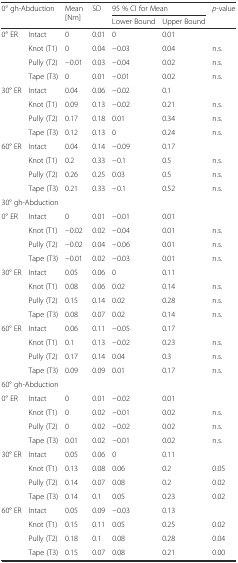
<table><thead><tr><td rowspan="2" colspan="2"><b>0° gh-Abduction</b></td><td rowspan="2"><b>Mean [Nm]</b></td><td rowspan="2"><b>SD</b></td><td colspan="2"><b>95 % CI for Mean</b></td><td rowspan="2"><b><i>p</i>-value</b></td></tr><tr><td><b>Lower Bound</b></td><td><b>Upper Bound</b></td></tr></thead><tbody><tr><td>0° ER</td><td>Intact</td><td>0</td><td>0.01</td><td>0</td><td>0.01</td><td></td></tr><tr><td></td><td>Knot (T1)</td><td>0</td><td>0.04</td><td>−0.03</td><td>0.04</td><td>n.s.</td></tr><tr><td></td><td>Pully (T2)</td><td>−0.01</td><td>0.03</td><td>−0.04</td><td>0.02</td><td>n.s.</td></tr><tr><td></td><td>Tape (T3)</td><td>0</td><td>0.01</td><td>−0.01</td><td>0.02</td><td>n.s.</td></tr><tr><td>30° ER</td><td>Intact</td><td>0.04</td><td>0.06</td><td>−0.02</td><td>0.1</td><td></td></tr><tr><td></td><td>Knot (T1)</td><td>0.09</td><td>0.13</td><td>−0.02</td><td>0.21</td><td>n.s.</td></tr><tr><td></td><td>Pully (T2)</td><td>0.17</td><td>0.18</td><td>0.01</td><td>0.34</td><td>n.s.</td></tr><tr><td></td><td>Tape (T3)</td><td>0.12</td><td>0.13</td><td>0</td><td>0.24</td><td>n.s.</td></tr><tr><td>60° ER</td><td>Intact</td><td>0.04</td><td>0.14</td><td>−0.09</td><td>0.17</td><td></td></tr><tr><td></td><td>Knot (T1)</td><td>0.2</td><td>0.33</td><td>−0.1</td><td>0.5</td><td>n.s.</td></tr><tr><td></td><td>Pully (T2)</td><td>0.26</td><td>0.25</td><td>0.03</td><td>0.5</td><td>n.s.</td></tr><tr><td></td><td>Tape (T3)</td><td>0.21</td><td>0.33</td><td>−0.1</td><td>0.52</td><td>n.s.</td></tr><tr><td colspan="7">30° gh-Abduction</td></tr><tr><td>0° ER</td><td>Intact</td><td>0</td><td>0.01</td><td>−0.01</td><td>0.01</td><td></td></tr><tr><td></td><td>Knot (T1)</td><td>−0.02</td><td>0.02</td><td>−0.04</td><td>0.01</td><td>n.s.</td></tr><tr><td></td><td>Pully (T2)</td><td>−0.02</td><td>0.04</td><td>−0.06</td><td>0.01</td><td>n.s.</td></tr><tr><td></td><td>Tape (T3)</td><td>−0.01</td><td>0.02</td><td>−0.03</td><td>0.01</td><td>n.s.</td></tr><tr><td>30° ER</td><td>Intact</td><td>0.05</td><td>0.06</td><td>0</td><td>0.11</td><td></td></tr><tr><td></td><td>Knot (T1)</td><td>0.08</td><td>0.06</td><td>0.02</td><td>0.14</td><td>n.s.</td></tr><tr><td></td><td>Pully (T2)</td><td>0.15</td><td>0.14</td><td>0.02</td><td>0.28</td><td>n.s.</td></tr><tr><td></td><td>Tape (T3)</td><td>0.08</td><td>0.07</td><td>0.02</td><td>0.14</td><td>n.s.</td></tr><tr><td>60° ER</td><td>Intact</td><td>0.06</td><td>0.11</td><td>−0.05</td><td>0.17</td><td></td></tr><tr><td></td><td>Knot (T1)</td><td>0.1</td><td>0.13</td><td>−0.02</td><td>0.23</td><td>n.s.</td></tr><tr><td></td><td>Pully (T2)</td><td>0.17</td><td>0.14</td><td>0.04</td><td>0.3</td><td>n.s.</td></tr><tr><td></td><td>Tape (T3)</td><td>0.09</td><td>0.09</td><td>0.01</td><td>0.17</td><td>n.s.</td></tr><tr><td colspan="7">60° gh-Abduction</td></tr><tr><td>0° ER</td><td>Intact</td><td>0</td><td>0.01</td><td>−0.02</td><td>0.01</td><td></td></tr><tr><td></td><td>Knot (T1)</td><td>0</td><td>0.02</td><td>−0.01</td><td>0.02</td><td>n.s.</td></tr><tr><td></td><td>Pully (T2)</td><td>0</td><td>0.02</td><td>−0.02</td><td>0.02</td><td>n.s.</td></tr><tr><td></td><td>Tape (T3)</td><td>0.01</td><td>0.02</td><td>−0.01</td><td>0.02</td><td>n.s.</td></tr><tr><td>30° ER</td><td>Intact</td><td>0.05</td><td>0.06</td><td>0</td><td>0.11</td><td></td></tr><tr><td></td><td>Knot (T1)</td><td>0.13</td><td>0.08</td><td>0.06</td><td>0.2</td><td>0.05</td></tr><tr><td></td><td>Pully (T2)</td><td>0.14</td><td>0.07</td><td>0.08</td><td>0.2</td><td>0.02</td></tr><tr><td></td><td>Tape (T3)</td><td>0.14</td><td>0.1</td><td>0.05</td><td>0.23</td><td>0.02</td></tr><tr><td>60° ER</td><td>Intact</td><td>0.05</td><td>0.09</td><td>−0.03</td><td>0.13</td><td></td></tr><tr><td></td><td>Knot (T1)</td><td>0.15</td><td>0.11</td><td>0.05</td><td>0.25</td><td>0.02</td></tr><tr><td></td><td>Pully (T2)</td><td>0.18</td><td>0.1</td><td>0.08</td><td>0.28</td><td>0.04</td></tr><tr><td></td><td>Tape (T3)</td><td>0.15</td><td>0.07</td><td>0.08</td><td>0.21</td><td>0.00</td></tr></tbody></table>